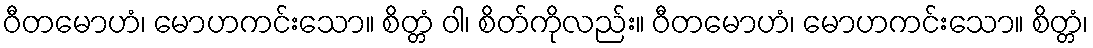
ဝီတမောဟံ၊ မောဟကင်းသော။ စိတ္တံ ဝါ၊ စိတ်ကိုလည်း။ ဝီတမောဟံ၊ မောဟကင်းသော။ စိတ္တံ၊